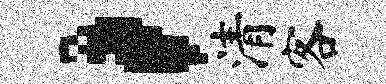
，清客